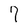
Character: 7